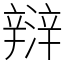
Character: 㵷